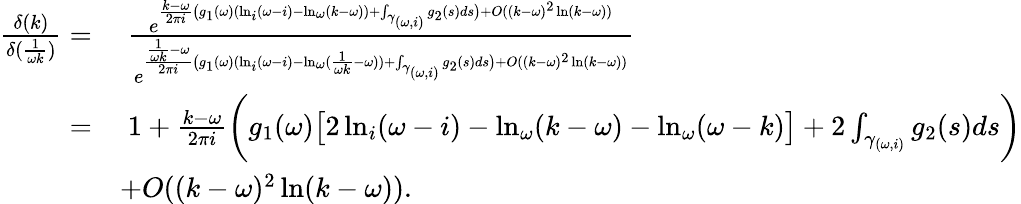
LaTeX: \begin{array}{rl}{\frac{\delta(k)}{\delta(\frac{1}{\omega k})}=}&{\; \frac{e^{\frac{k-\omega}{2\pi i}\big(g_{1}(\omega)(\ln_{i}(\omega-i)-\ln_{\omega}(k-\omega))+\int_{\gamma_{(\omega,i)}}g_{2}(s)ds\big)+O((k-\omega)^{2}\ln(k-\omega))}}{e^{\frac{\frac{1}{\omega k}-\omega}{2\pi i}\big(g_{1}(\omega)(\ln_{i}(\omega-i)-\ln_{\omega}(\frac{1}{\omega k}-\omega))+\int_{\gamma_{(\omega,i)}}g_{2}(s)ds\big)+O((k-\omega)^{2}\ln(k-\omega))}}}\\ {=}&{\; 1+\frac{k-\omega}{2\pi i}\bigg(g_{1}(\omega)\big[2\ln_{i}(\omega-i)-\ln_{\omega}(k-\omega)-\ln_{\omega}(\omega-k)\big]+2\int_{\gamma_{(\omega,i)}}g_{2}(s)ds\bigg)}\\ &{+O((k-\omega)^{2}\ln(k-\omega)).}\end{array}